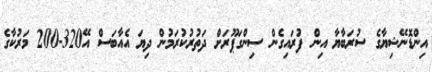
އިންޑޮނޭޝިޔާގެ ސުރަބާޔާ އިން ފުރައިގެން ސިންގަޕޫރަށް ދަތުރުކުރަމުން ދިޔަ އެއާބަސް އޭ320-200 މަރުކާގެ